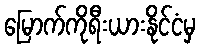
မြောက်ကိုရီးယားနိုင်ငံမှ